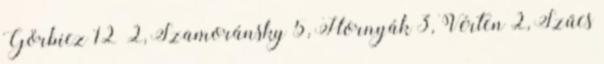
Görbicz 12 2, Szamoránsky 5, Hornyák 3, Vérten 2, Szűcs